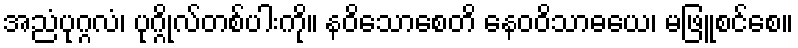
အညံပုဂ္ဂလံ၊ ပုဂ္ဂိုလ်တစ်ပါးကို။ နဝိသောစေတိ နေဝဝိသာဓယေ၊ မဖြူစင်စေ။